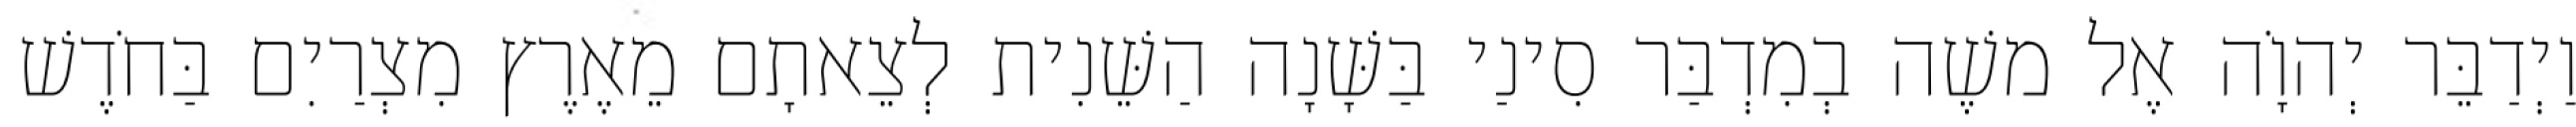
וַיְדַבֵּר יְהוָֹה אֶל משֶׁה בְמִדְבַּר סִינַי בַּשָּׁנָה הַשֵּׁנִית לְצֵאתָם מֵאֶרֶץ מִצְרַיִם בַּחֹדֶשׁ